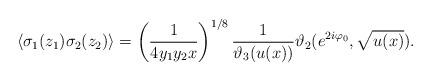
LaTeX: \begin{align*}\langle \sigma_1 (z_1)\sigma_2 (z_2)\rangle = \left(\frac{1}{4 y_1 y_2 x} \right)^{1/8} \frac{1}{\vartheta_3(u(x))} \vartheta_2(e^{2 i \varphi_0}, \sqrt{u(x)}).\end{align*}